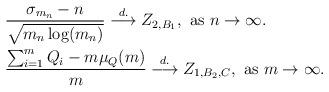
LaTeX: \begin{align*}&\frac{\sigma_{m_n} - n}{\sqrt{m_n \log(m_n)}} \stackrel{d.}{\longrightarrow} Z_{2, B_1}, \mbox{ as $n \rightarrow \infty$.} \\& \frac{\sum_{i=1}^{m} Q_i - m \mu_Q(m)}{m} \stackrel{d.}{\longrightarrow} Z_{1, B_2, C}, \mbox{ as $m \rightarrow \infty$.}\end{align*}